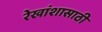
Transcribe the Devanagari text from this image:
रेखांशासाठी